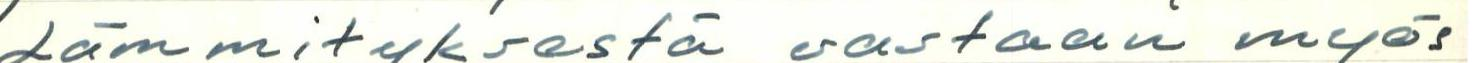
Lämmityksestä vastaan myös